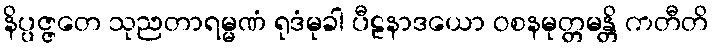
နိပ္ပဇ္ဇတေ သုညတာရမ္မဏံ ရုဒံမုခါ ပီဠနာဒယော ဝစနမုတ္တမန္တိ ကတီတိ